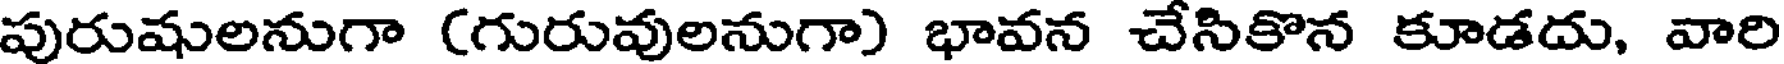
పురుషులనుగా (గురువులనుగా) భావన చేసికొన కూడదు, వారి